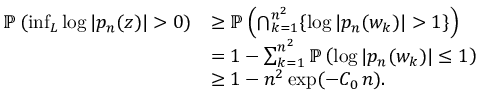
\begin{array} { r l } { { \mathbb { P } } \left( \operatorname* { i n f } _ { L } \log | p _ { n } ( z ) | > 0 \right) } & { \geq { \mathbb { P } } \left( \bigcap _ { k = 1 } ^ { n ^ { 2 } } \{ \log | p _ { n } ( w _ { k } ) | > 1 \} \right) } \\ & { = 1 - \sum _ { k = 1 } ^ { n ^ { 2 } } { \mathbb { P } } \left( \log | p _ { n } ( w _ { k } ) | \leq 1 \right) } \\ & { \geq 1 - n ^ { 2 } \exp ( - C _ { 0 } \, n ) . } \end{array}